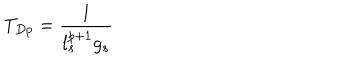
T _ { D p } = \frac { 1 } { l _ { s } ^ { p + 1 } g _ { s } }